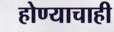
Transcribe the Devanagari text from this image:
होण्याचाही